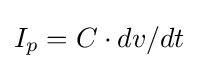
I_{p}=C\cdot dv/dt